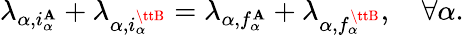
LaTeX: \lambda_{\alpha,i_{\alpha}^{\tt\mathbf{A}}}+\lambda_{\alpha,i_{\alpha}^{\ttB}}=\lambda_{\alpha,f_{\alpha}^{\tt\mathbf{A}}}+\lambda_{\alpha,f_{\alpha}^{\ttB}},\quad\forall\alpha.